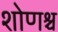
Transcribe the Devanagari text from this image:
शोणश्च